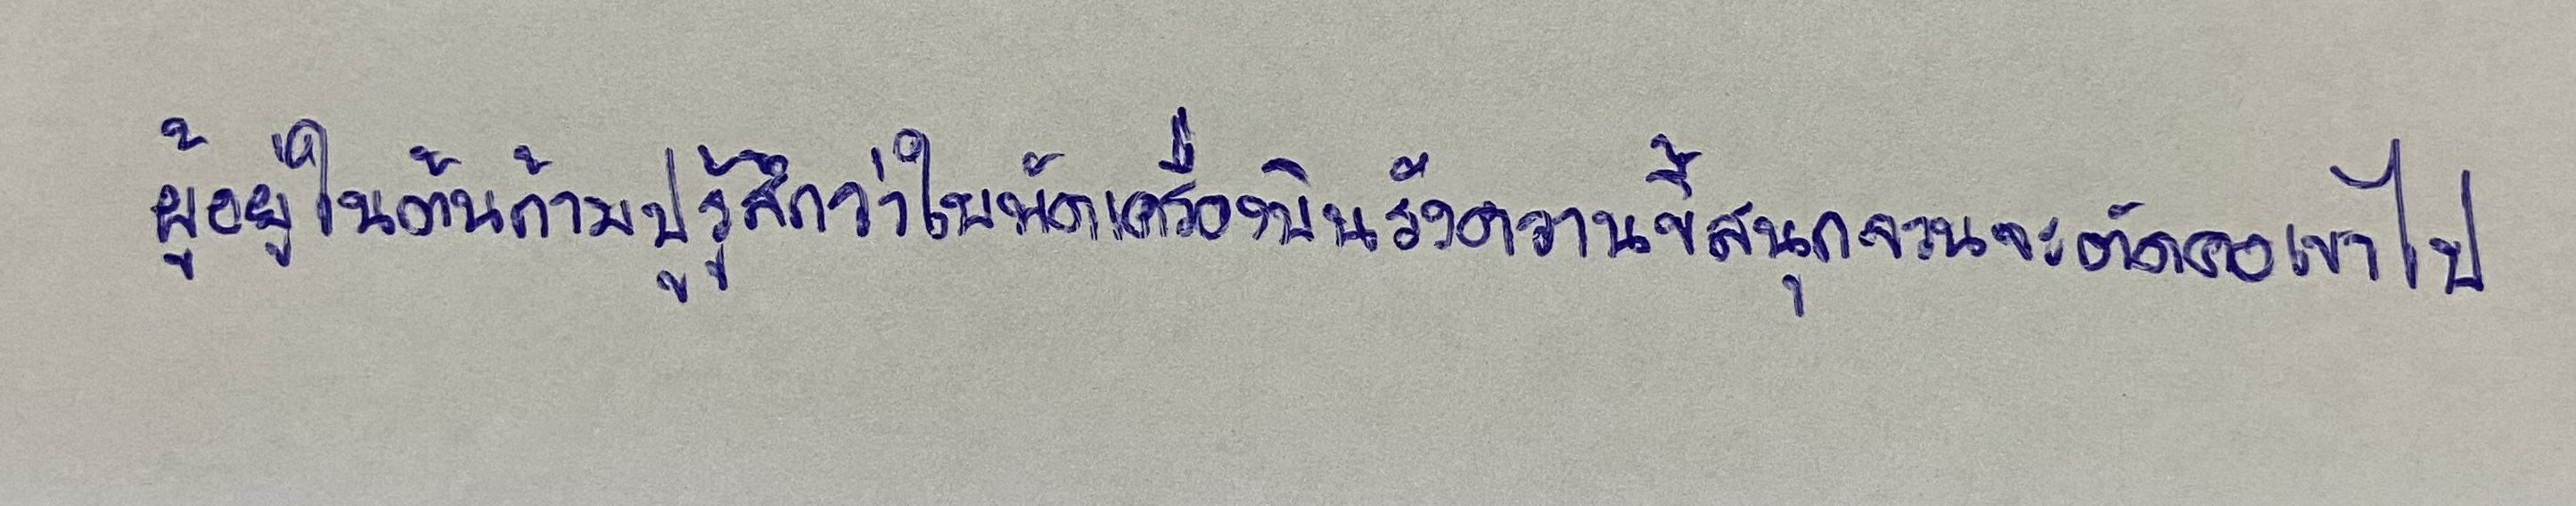
ผู้อยู่ใต้ต้นก้ามปูรู้สึกว่าใบพัดเครื่องบินรังควานขี้สนุกจวนจะตัดคอเขาไป